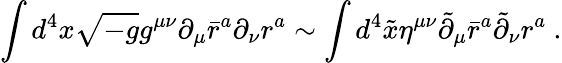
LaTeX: \int d^{4}x\sqrt{-g}g^{\mu\nu}\partial_{\mu}\bar{r}^{a}\partial_{\nu}r^{a}\sim\int d^{4}\tilde{x}\eta^{\mu\nu}\tilde{\partial}_{\mu}\bar{r}^{a}\tilde{\partial}_{\nu}r^{a}\ .